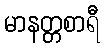
မာနတ္တစာရီ